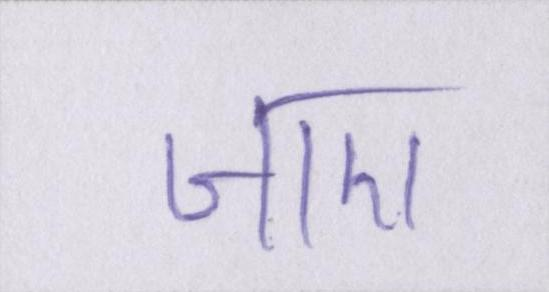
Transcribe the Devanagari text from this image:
जाए